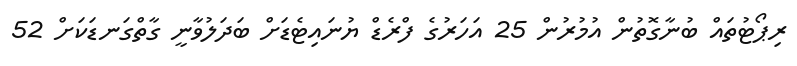
ރިޕޯޓުތައް ބުނާގޮތުން އުމުރުން 25 އަހަރުގެ ފްރެޑް ޔުނައިޓެޑަށް ބަދަލުވާނީ ގާތްގަނޑަކަށް 52